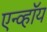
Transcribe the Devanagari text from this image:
एन्व्हॉय